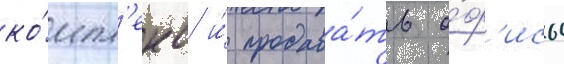
ко́мпл'екс и́ продава́ть о́ф'исы